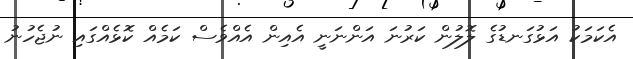
އެކަމަކު އަޅުގަނޑުގެ ލޮލުން ކަރުނަ އަންނަނީ އެއިން އެއްވެސް ކަމެއް ކޮޅެއްގައި ނުޖެހުނު